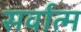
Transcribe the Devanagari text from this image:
सर्वात्म